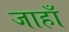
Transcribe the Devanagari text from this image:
जाहाँ